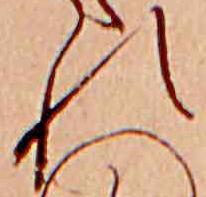
れ